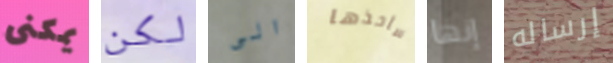
يمكنى لكن الى سأخذها إنها إرساله